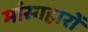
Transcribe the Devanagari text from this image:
मांसाहारों